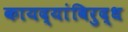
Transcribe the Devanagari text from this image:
कायद्यांविरुद्ध